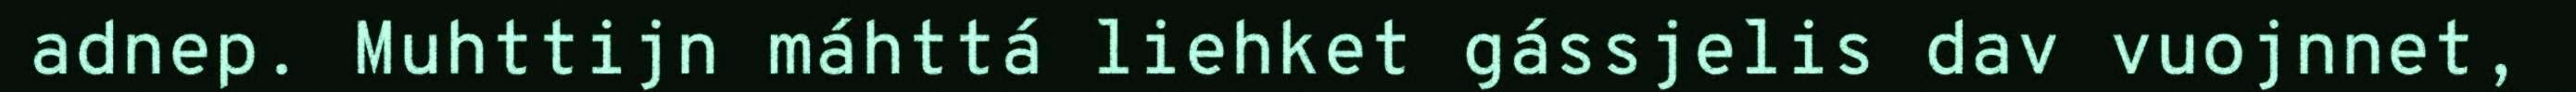
adnep. Muhttijn máhttá liehket gássjelis dav vuojnnet,